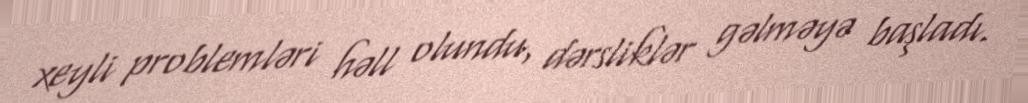
xeyli problemləri həll olundu, dərsliklər gəlməyə başladı.